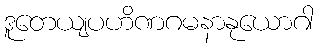
ဒူတေယျပဟိဏဂမနာနုယောဂါ